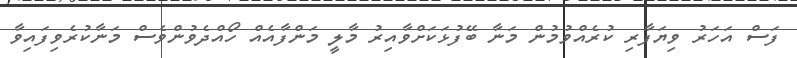
ފަސް އަހަރު ވިޔަފާރި ކުރެއްވުމުން މަނާ ބޭފުޅަކަށްވާއިރު މާލީ މަންފާއެއް ހޯއްދެވުންވެސް މަނާކުރެވިފައިވާ